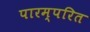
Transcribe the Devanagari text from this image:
पारम्परित